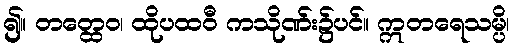
၍။ တတ္ထေဝ၊ ထိုပထဝီ ကသိုဏ်း၌ပင်။ ဣတရေသမ္ပိ၊